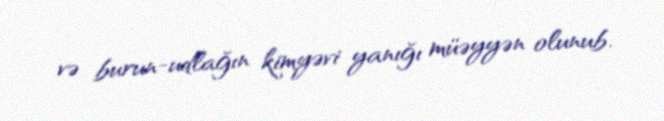
və burun-udlağın kimyəvi yanığı müəyyən olunub.